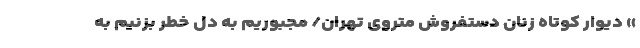
» دیوار کوتاه زنان دستفروش متروی تهران/ مجبوریم به دل خطر بزنیم به